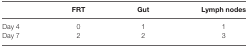
|  | FRT | Gut | Lymph nodes |
 | --- | --- | --- | --- |
 | Day 4 | 0 | 1 | 1 |
 | Day 7 | 2 | 2 | 3 |